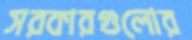
সরকারগুলোর